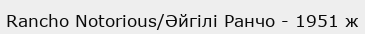
Rancho Notorious/Әйгілі Ранчо - 1951 ж